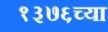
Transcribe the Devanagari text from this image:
१३७६च्या